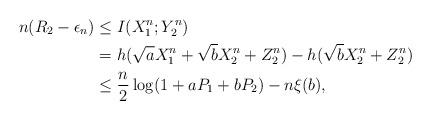
LaTeX: \begin{align*} n(R_2-\epsilon_n)&\leq I(X_1^n;Y_2^n) \\ &= h(\sqrt{a}X_1^n+\sqrt{b}X_2^n+Z_2^n) - h(\sqrt{b}X_2^n+Z_2^n) \\ &\leq \frac{n}{2}\log(1+aP_1+bP_2) - n\xi(b),\end{align*}